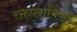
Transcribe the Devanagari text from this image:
रक्तप्लाविका